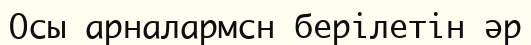
Осы арналармсн берілетін әр